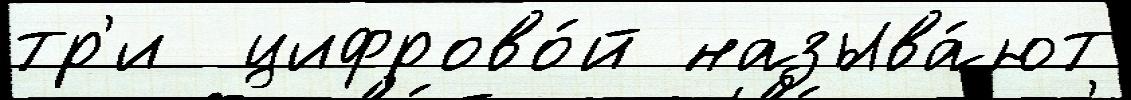
тр'и  цифрово́й называ́ют